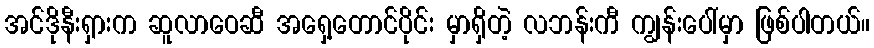
အင်ဒိုနီးရှားက ဆူလာဝေဆီ အရှေ့တောင်ပိုင်း မှာရှိတဲ့ လဘန်းကီ ကျွန်းပေါ်မှာ ဖြစ်ပါတယ်။